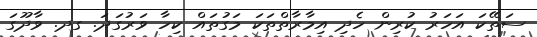
ސަތޭކަ އަހަރު ކުރިން ހެދި އިމާރާތްތަކަ މަގުތައް ކިހާ ވަރުގަދަ. ގދ. ވާދޫގަ